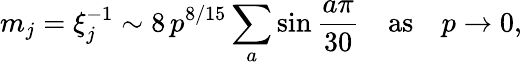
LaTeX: m_{j}=\xi_{j}^{-1}\sim 8\, p^{8/15}\sum_{a}\sin\frac{a\pi}{30}\quad\mathrm{as}\quad p\to 0,